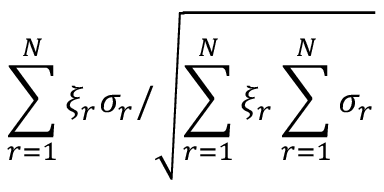
{ \sum _ { r = 1 } ^ { N } \xi _ { r } \sigma _ { r } } / { \sqrt { \sum _ { r = 1 } ^ { N } \xi _ { r } \sum _ { r = 1 } ^ { N } \sigma _ { r } } }